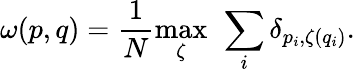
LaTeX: \omega(p,q)=\frac{1}{N}\operatorname*{max}_{\zeta}\ \sum_{i}\delta_{p_{i},\zeta(q_{i})}.